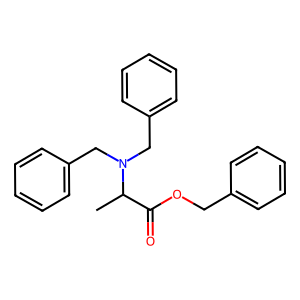
SMILES: CC(C(=O)OCc1ccccc1)N(Cc1ccccc1)Cc1ccccc1
Inhibits HIV replication: No